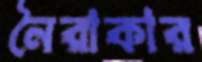
নৈরাকার